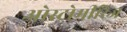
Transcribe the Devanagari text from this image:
ओस्ट्रोमीरिज